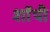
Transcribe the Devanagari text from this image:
शाॅपी